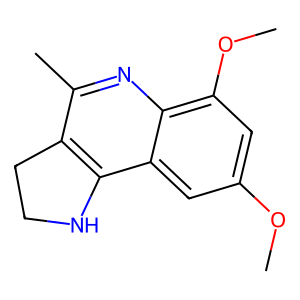
SMILES: COc1cc(OC)c2nc(C)c3c(c2c1)NCC3
Inhibits HIV replication: No